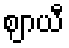
ဈာယီ